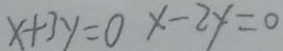
x + 3 y = 0 x - 2 y = 0